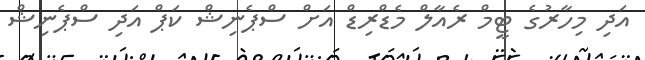
އަދި މިހާރުގެ ޓީމް ރެއާލް މެޑްރިޑް އަށް ސްޕެނިޝް ކަޕް އަދި ސްޕެނިޝް